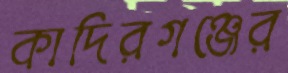
কাদিরগঞ্জের